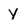
Character: y